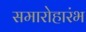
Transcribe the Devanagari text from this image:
समारोहारंभ